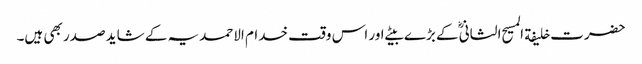
حضرت خلیفة المسیح الثانیؓ کے بڑے بیٹے اور اس وقت خدام الاحمدیہ کے شاید صدر بھی ہیں۔